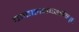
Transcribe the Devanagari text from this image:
चण्डालभाण्डसंस्पृष्टं